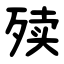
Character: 㱩